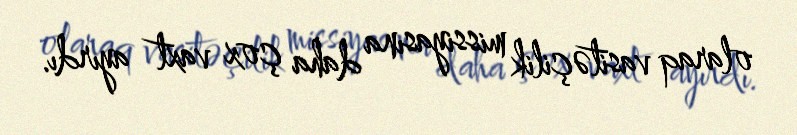
olaraq vasitəçilik missiyasına daha çox vaxt ayırdı.